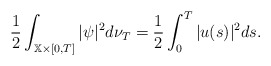
\begin{align*}\frac{1}{2}\int_{\mathbb{X}\times \lbrack 0,T]}|\psi |^{2}d\nu _{T}=\frac{1}{2}\int_{0}^{T}|u(s)|^{2}ds. \end{align*}